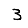
Digit: 3